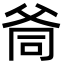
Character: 㸗